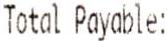
TOTAL PAYABLE: